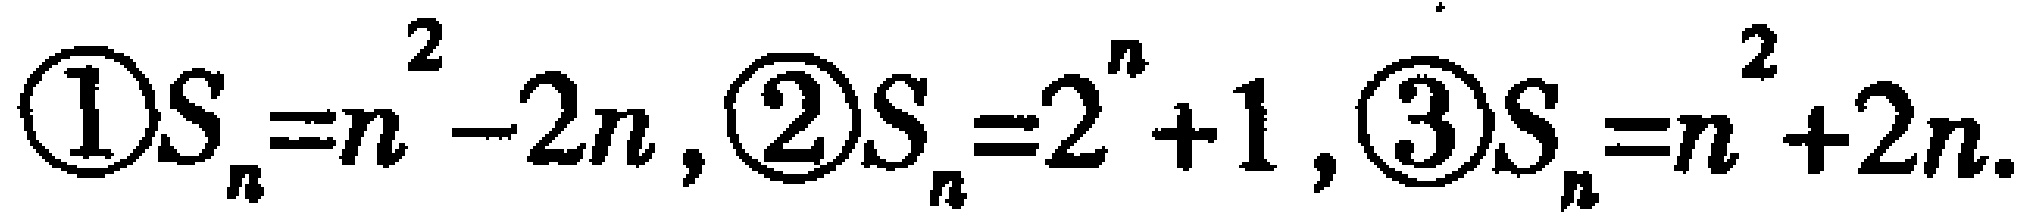
\textcircled{1}$S_{n}=n^{2}-2n$, \textcircled{2}$S_{n}=2^{n}+1$, \textcircled{3}$S_{n}=n^{2}+2n$.